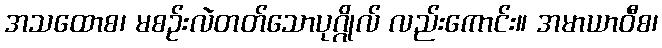
အသထောစ၊ မစဉ်းလဲတတ်သောပုဂ္ဂိုလ် လည်းကောင်း။ အမာယာဝီစ၊